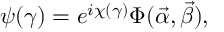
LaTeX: \psi ( \gamma ) = e ^ { i \chi ( \gamma ) } \Phi ( \vec { \alpha } , \vec { \beta } ) ,